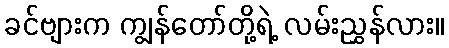
ခင်ဗျားက ကျွန်တော်တို့ရဲ့ လမ်းညွှန်လား။